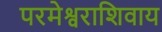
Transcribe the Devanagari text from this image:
परमेश्वराशिवाय